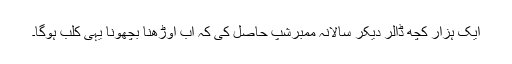
ایک ہزار کچھ ڈالر دیکر سالانہ ممبرشپ حاصل کی کہ اب اوڑھنا بچھونا یہی کلب ہوگا۔